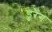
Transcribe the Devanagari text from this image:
डुरैंग